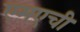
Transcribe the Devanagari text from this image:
एमएची